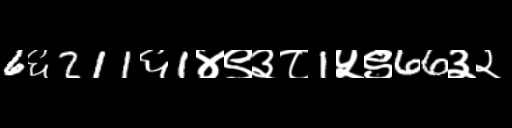
Text: 6६211६1४९३८1५९66३२